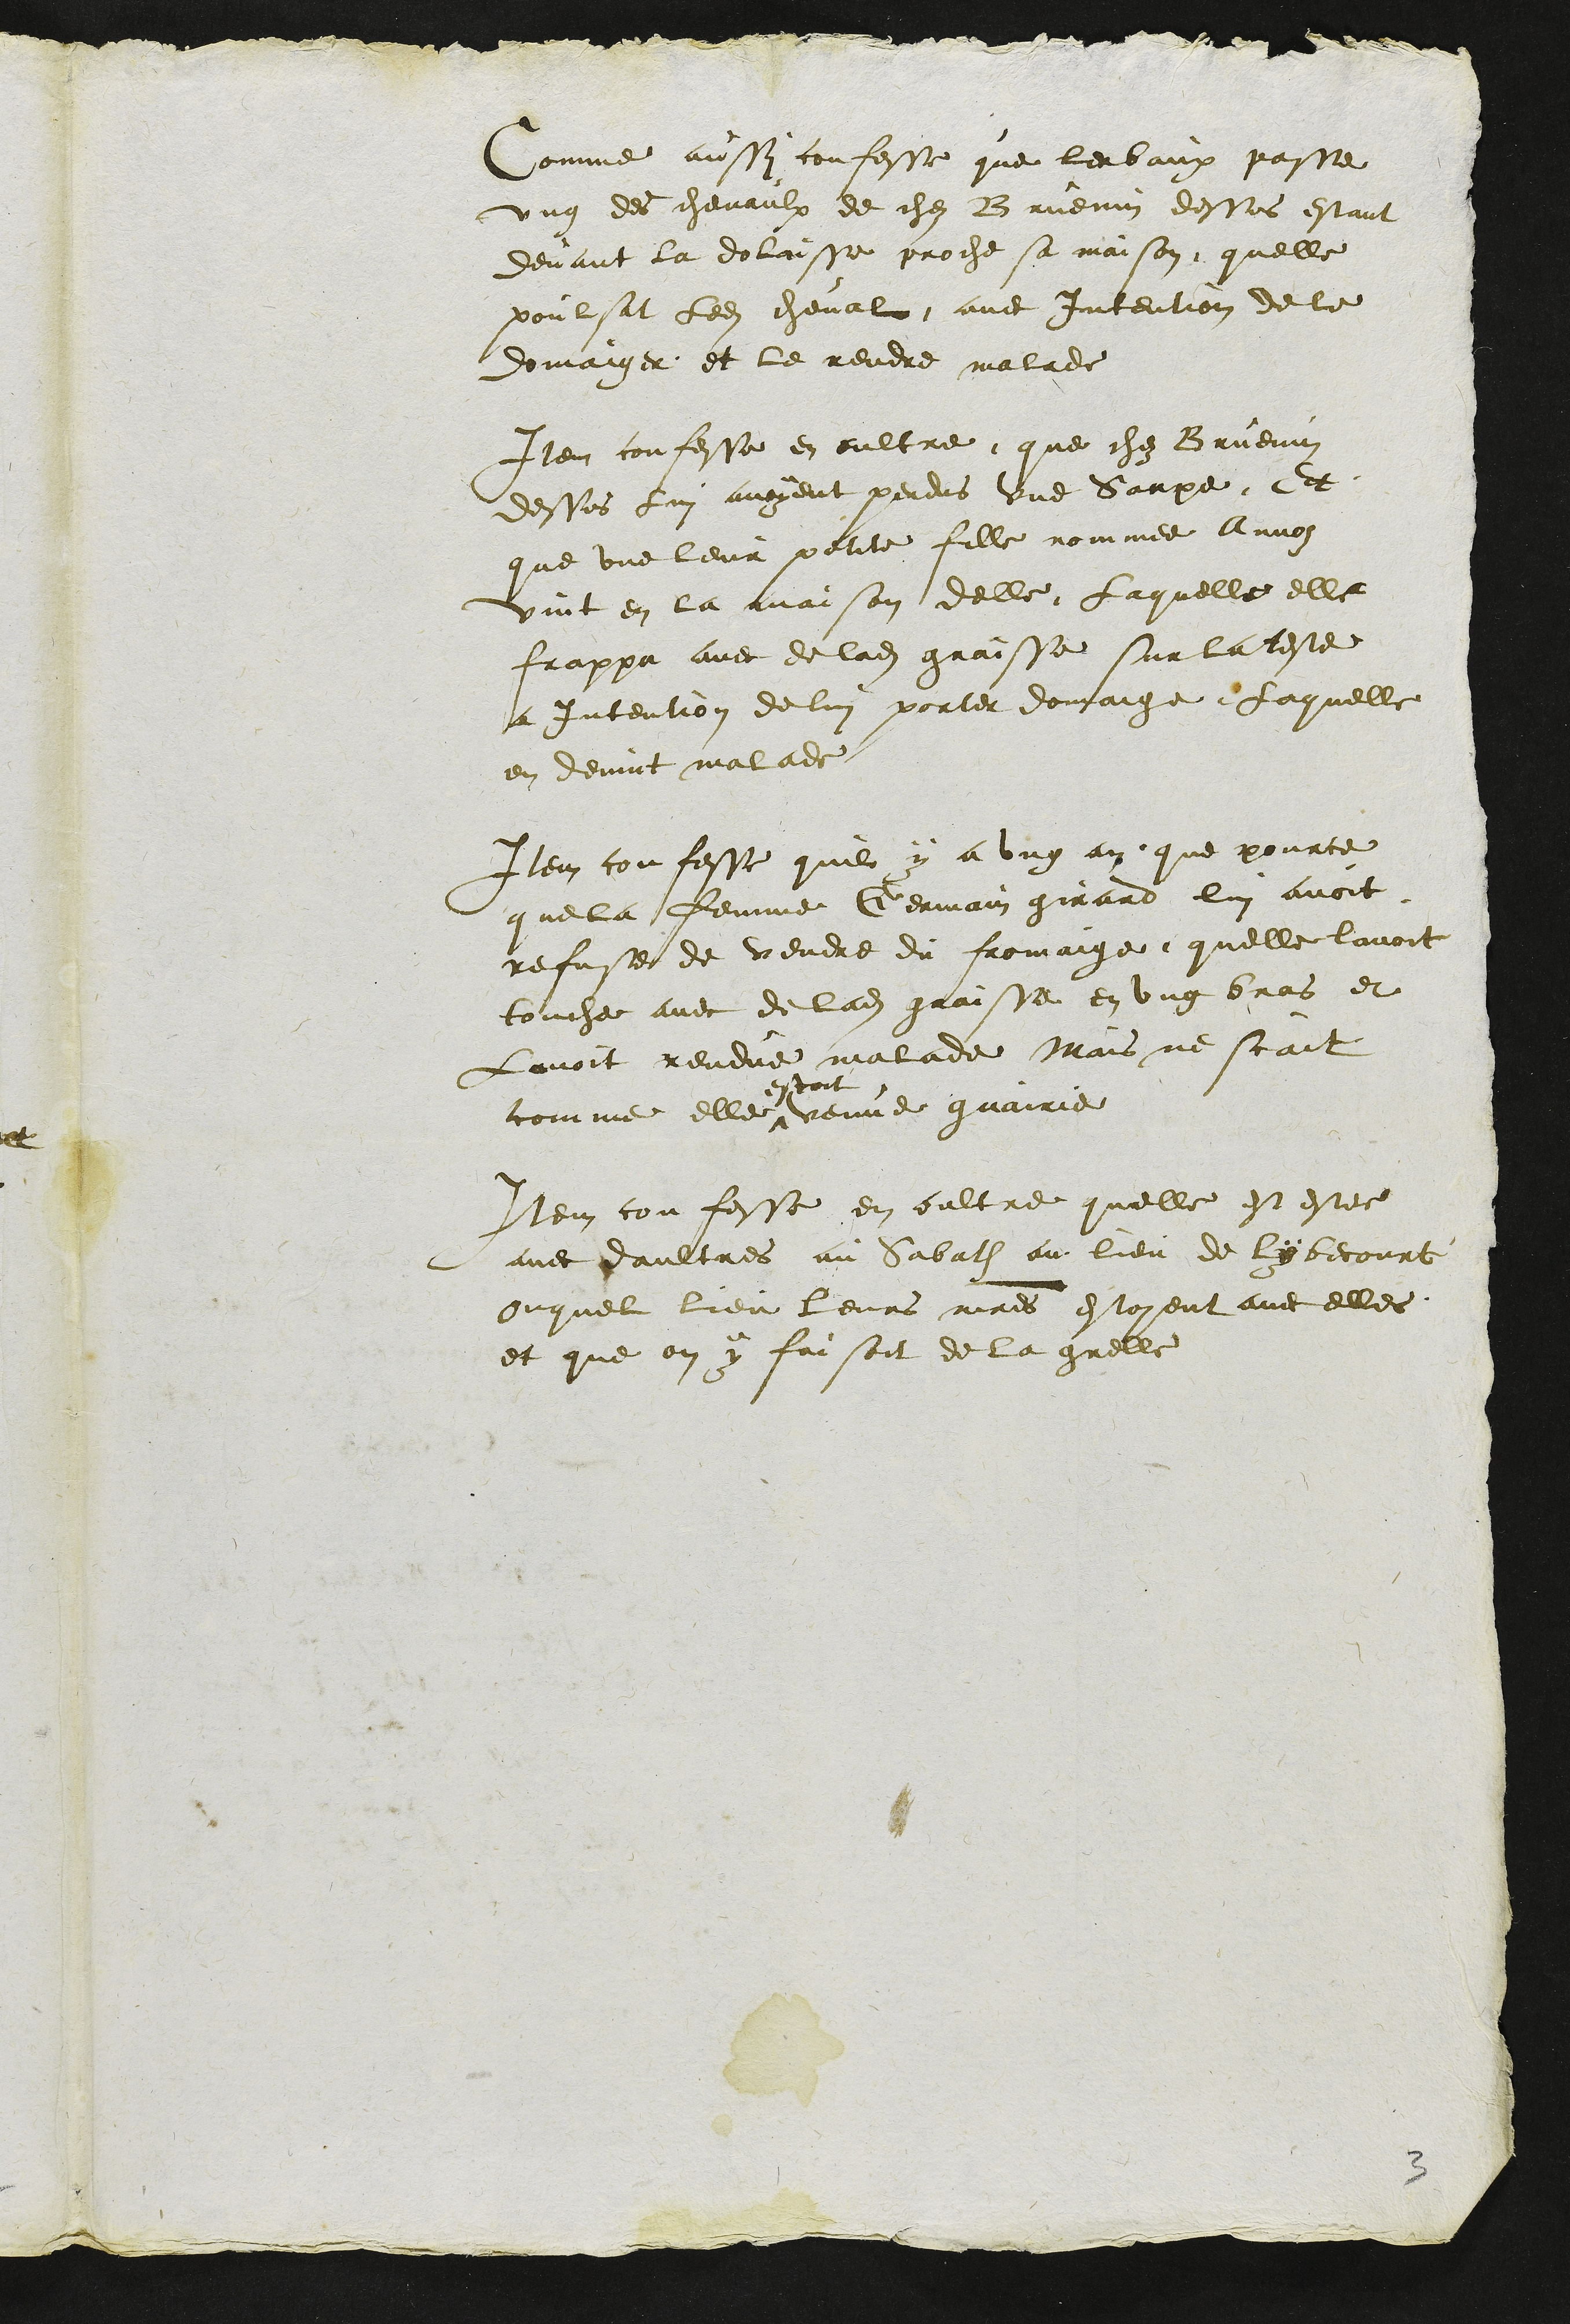
Comme aussi confesse que lerbaux passe
ung des chevaulx de chez Bruenin dessus estant
devant la dolaisse proche sa maison, quelle
poulsat ledit cheval avec intention de le
domaiger et le rendre malade
Item confesse en oultre que chez Bruenin
dessus lui avoyent perdus une Saupe Et
que une leur petite fille nommee Annoz
vint en la maison delle Laquelle elle
frappa avec de ladite graisse sur la teste
a Intention de lui porter domaige. Laquelle
en devint malade
Item confesse quil y a ung an que pource
que la femme Germain girard lui avoit
refuse de vendre du fromaige quelle lavoit
touche avec de ladite graisse en ung bras et
Lavoit rendue malade Mais ne scait
comme elle #
estoit
venue guairie
Item confesse en oultre quelle est estee
avec daultres au Sabath au lieu de Lybecourt
Ouquel lieu leurs maitres estoyent avec elles
et que on y faisoit de la grelle